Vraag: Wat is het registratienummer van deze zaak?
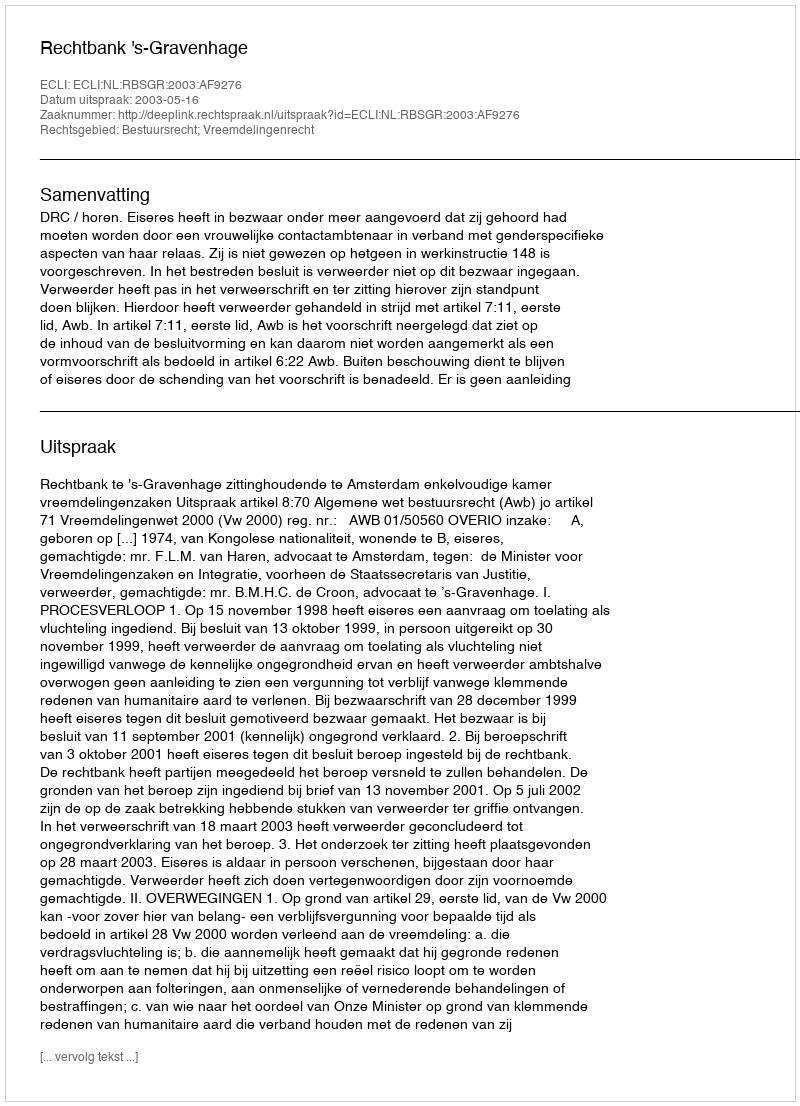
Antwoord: http://deeplink.rechtspraak.nl/uitspraak?id=ECLI:NL:RBSGR:2003:AF9276